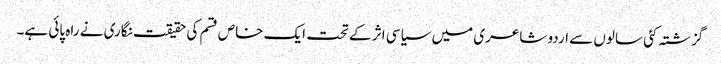
گزشتہ کئی سالوں سے اردو شاعری میں سیاسی اثر کے تحت ایک خاص قسم کی حقیقت نگاری نے راہ پائی ہے۔